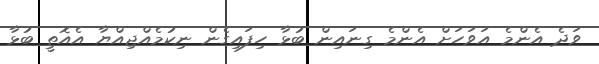
ވަދެ އެންމެ އަވަހަށް އެންމެ ގިނައިން ބުޅާ ހިފައިގެން ނިކުމެއްޖިއްޔާ އެއޮތީ ބުޅާ